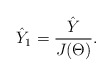
\begin{align*}\hat Y_1= \frac{\hat Y}{J(\Theta)}.\end{align*}